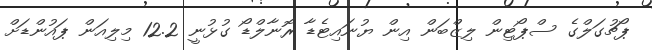
ޕޯޗުގަލްގެ ސްޕޯޓިން ލިޒްބަން އިން ޔުނައިޓެޑާ ރޮނާލްޑޯ ގުޅުނީ 12.2 މިލިއަން ޕައުންޑަށް